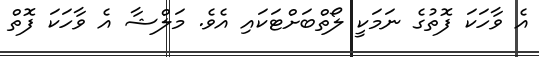
އެ ވާހަކަ ފޮތުގެ ނަމަކީ ލޯތްބަށްޓަކައި އެވެ. މަލްޝާ އެ ވާހަކަ ފޮތް